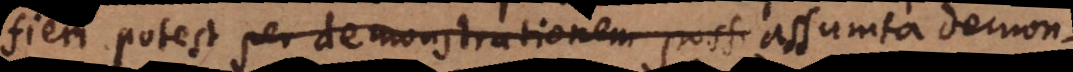
fieri potest per demonstrationem poss assumta demonst